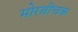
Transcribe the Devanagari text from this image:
मोरबीचक